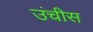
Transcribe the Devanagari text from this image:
उंचीस